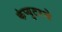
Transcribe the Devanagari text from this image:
कंप्युटरचे